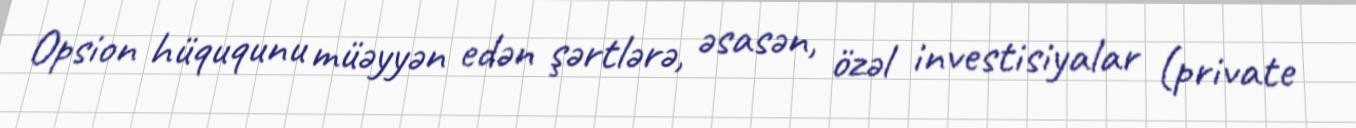
Opsion hüququnu müəyyən edən şərtlərə, əsasən, özəl investisiyalar (private